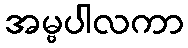
အမ္ဗပါလကာ